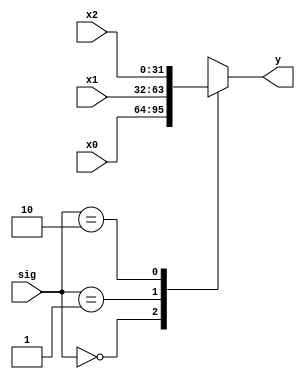
`timescale 1ns / 1ns
//////////////////////////////////////////////////////////////////////////////////
// Company: 
// Engineer: 
// 
// Design Name: 
// Module Name: mux
// Project Name: 
// Target Devices: 
// Tool Versions: 
// Description: 
// 
// Dependencies: 
// 
// Revision:
// Revision 0.01 - File Created
// Additional Comments:
// 
//////////////////////////////////////////////////////////////////////////////////

module MUX3x32(x0,x1,x2,sig,y);
input [31:0] x0;
input [31:0] x1;
input [31:0] x2;
input [1:0] sig;
output [31:0] y;

function  [31:0] select;
    input [31:0] x0,x1,x2;
    input [1:0]sig;
    case(sig)
        2'b00: select=x0;
        2'b01: select=x1;
        2'b10: select=x2;
    endcase
endfunction

assign y=select(x0,x1,x2,sig);
endmodule

module MUX3x5(x0,x1,x2,sig,y);
input [4:0] x0,x1,x2;
input [1:0] sig;
output [4:0] y;

function  [4:0] select;
    input [4:0] x0,x1,x2;
    input [1:0] sig;
    case(sig)
        2'b00:select=x0;
        2'b01:select=x1;
        2'b10:select=x2;
    endcase
endfunction

assign y=select(x0,x1,x2,sig);
endmodule

module MUX2x32(x0,x1,sig,y);
input [31:0]x0,x1;
input sig;
output [31:0] y;
assign y=sig?x1:x0;
endmodule

module MUX4x32(x0,x1,x2,x3,sig,y);
input [31:0] x0,x1,x2,x3;
input [1:0]sig;
output reg[31:0] y;
always @ (x0 or x1 or x3 or x3 or sig)
begin
    case(sig)
    2'b00:y=x0;
    2'b01:y=x1;
    2'b10:y=x2;
    2'b11:y=x3;
    endcase
    //$display("select %h",y);
end
endmodule